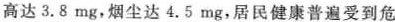
高达3.8 mg，烟尘达4.5 mg，居民健康普遍受到危